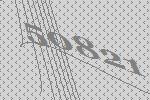
50821